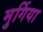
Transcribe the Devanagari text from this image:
मुर्गिया